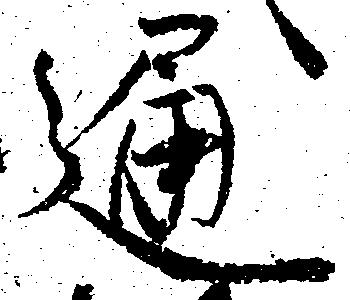
通